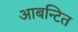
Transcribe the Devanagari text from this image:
आबन्टित